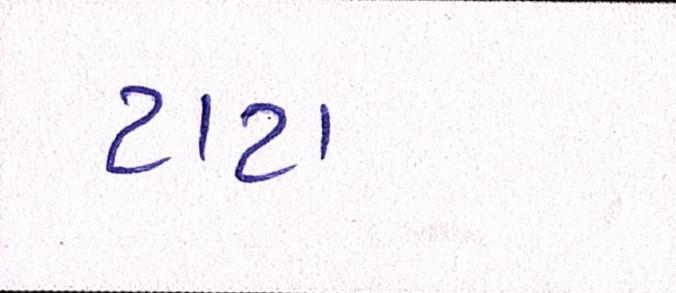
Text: ટાટા